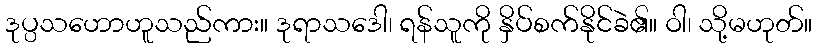
ဒုပ္ပသဟောဟူသည်ကား။ ဒုရာသဒေါ၊ ရန်သူကို နှိပ်စက်နိုင်ခဲ၏။ ဝါ၊ သို့မဟုတ်။